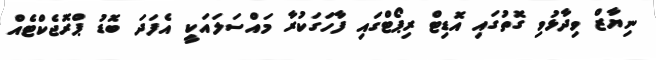
ނިޔާޒް ވިދާޅުވި ގޮތުގައި އޮޑިޓް ރިޕޯޓްގައި ފާހަގަކުރާ މައްސަލައަކީ އެފަދަ ބޮޑު ޕްރޮޖެކްޓެއް